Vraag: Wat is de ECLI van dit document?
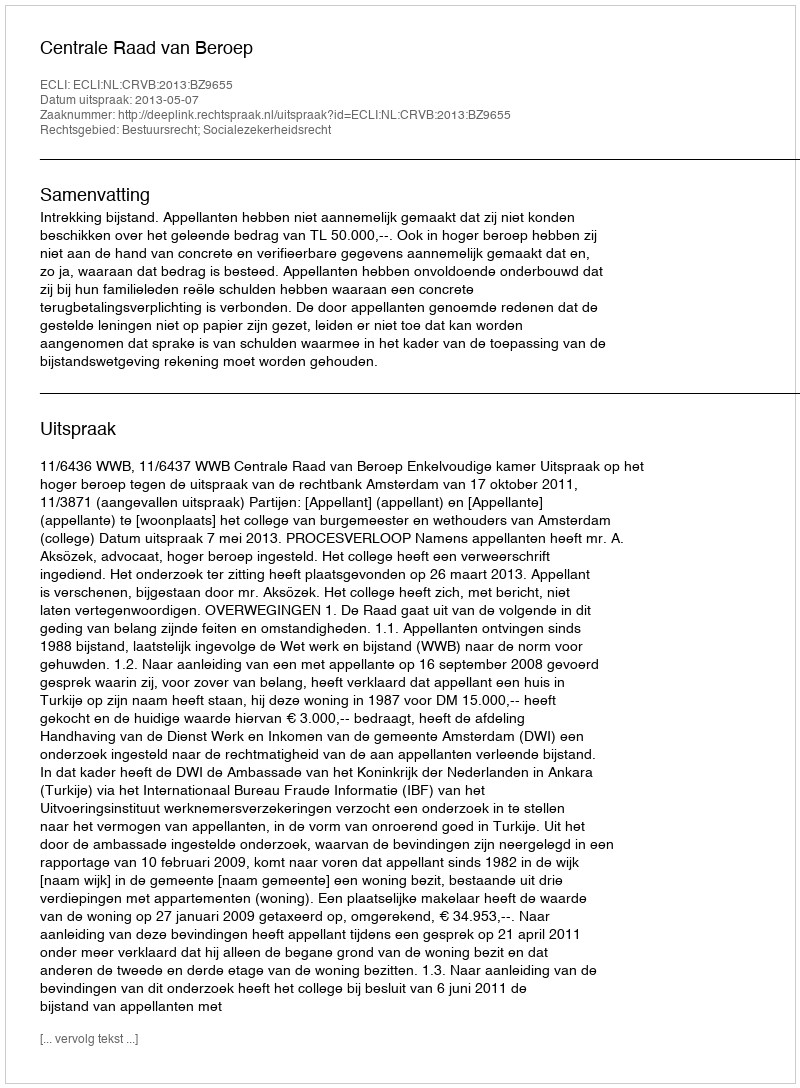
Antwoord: ECLI:NL:CRVB:2013:BZ9655